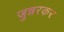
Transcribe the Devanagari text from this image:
जुन्नरकर